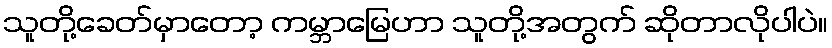
သူတို့ခေတ်မှာတော့ ကမ္ဘာမြေဟာ သူတို့အတွက် ဆိုတာလိုပါပဲ။